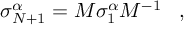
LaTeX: \sigma _ { N + 1 } ^ { \alpha } = M \sigma _ { 1 } ^ { \alpha } M ^ { - 1 } \; \; \; ,